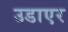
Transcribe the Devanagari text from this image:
उडाएर